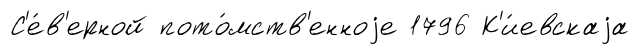
С'е́в'ерной пото́мств'енноjе 1796 К'и́евскаjа